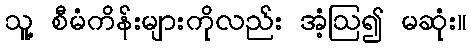
သူ့ စီမံကိန်းများကိုလည်း အံ့ဩ၍ မဆုံး။